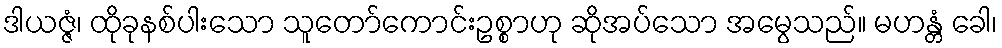
ဒါယဇ္ဇံ၊ ထိုခုနစ်ပါးသော သူတော်ကောင်းဥစ္စာဟု ဆိုအပ်သော အမွေသည်။ မဟန္တံ ခေါ၊